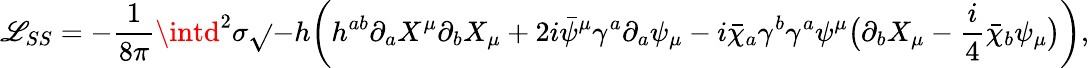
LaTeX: \mathscr{L}_{SS}=-{\frac{{1}}{{8\pi}}}\intd^{2}\sigma\sqrt{}{{-h}}\bigg(h^{ab}\partial_{a}X^{\mu}\partial_{b}X_{\mu}+2i\bar{{\psi}}^{\mu}\gamma^{a}\partial_{a}\psi_{\mu}-i\bar{{\chi}}_{a}\gamma^{b}\gamma^{a}\psi^{\mu}\big(\partial_{b}X_{\mu}-{\frac{{i}}{{4}}}\bar{{\chi}}_{b}\psi_{\mu}\big)\bigg),